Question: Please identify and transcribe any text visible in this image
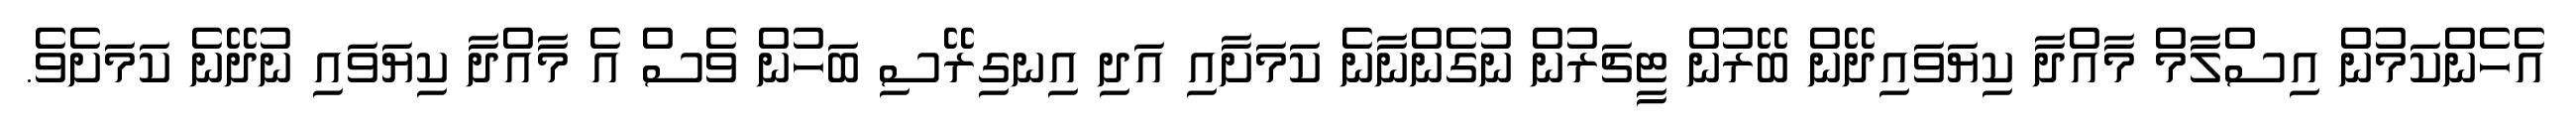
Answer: އެހެންކަމުން އިސްލާމް މާއްދާ ކިޔަވައިދޭން ބޭރުން ޓީޗަރުން ނުގެންނާނެ ކަމަށާއި އަދި އިނގިރޭސި ބަހުން ވެސް އެ މާއްދާ ކިޔަވައި ނުދޭނެ ކަމަށެވެ.